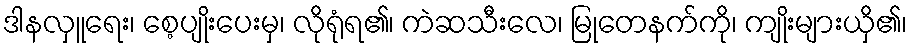
ဒါနလှူရေး၊ စေ့ပျိုးပေးမှ၊ လိုရုံရ၏၊ ကဲဆသီးလေ၊ မြုတေနက်ကို၊ ကျိုးများယှိ၏၊